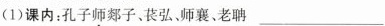
(1)课内：孔子师郯子、苌弘、师襄、老聃___